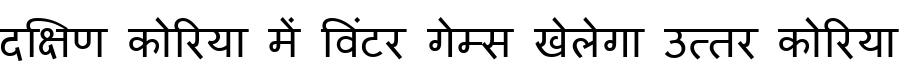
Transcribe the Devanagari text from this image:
दक्षिण कोरिया में विंटर गेम्स खेलेगा उत्तर कोरिया